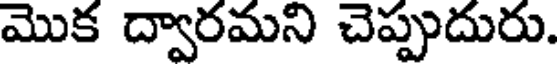
మొక ద్వారమని చెప్పుదురు.